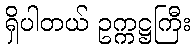
ရှိပါတယ် ဥက္ကဋ္ဌကြီး